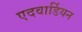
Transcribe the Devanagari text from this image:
एदवार्डियन